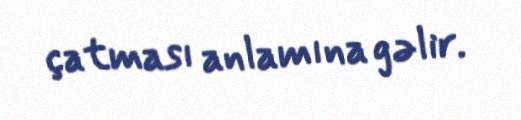
çatması anlamına gəlir.